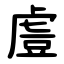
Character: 䖒